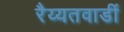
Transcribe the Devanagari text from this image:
रैय्यतवाडीं